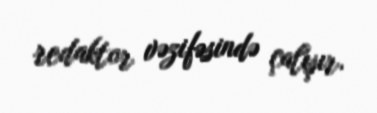
redaktor vəzifəsində çalışır.